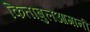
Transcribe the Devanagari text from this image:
किताबुलआगानी